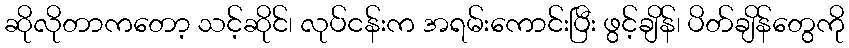
ဆိုလိုတာကတော့ သင့်ဆိုင်၊ လုပ်ငန်းက အရမ်းကောင်းပြီး ဖွင့်ချိန်၊ ပိတ်ချိန်တွေကို